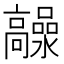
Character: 𲌙